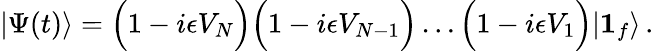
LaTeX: |\Psi(t)\rangle=\Bigl(1-i\epsilon V_{N}\Bigr)\Bigl(1-i\epsilon V_{N-1}\Bigr)\dots\Bigl(1-i\epsilon V_{1}\Bigr)|{\boldsymbol 1}_{f}\rangle\, .